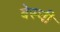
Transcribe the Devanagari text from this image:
बेस्ची